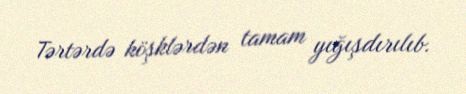
Tərtərdə köşklərdən tamam yığışdırılıb.